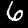
Label: 6